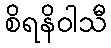
စိရနိဝါသီ